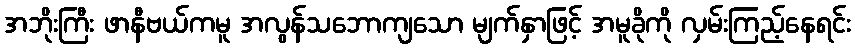
အဘိုးကြီး ဖာနီဗယ်ကမူ အလွန်သဘောကျသော မျက်နှာဖြင့် အမူခိုကို လှမ်းကြည့်နေရင်း